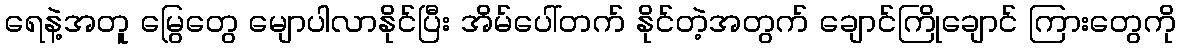
ရေနဲ့အတူ မြွေတွေ မျောပါလာနိုင်ပြီး အိမ်ပေါ်တက် နိုင်တဲ့အတွက် ချောင်ကြိုချောင် ကြားတွေကို